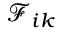
\mathcal { F } _ { i k }